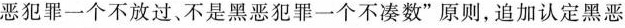
恶犯罪一个不放过、不是黑恶犯罪一个不凑数”原则，追加认定黑恶